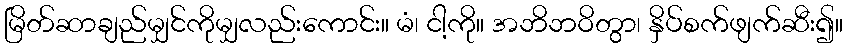
မြိတ်ဆာချည်မျှင်ကိုမျှလည်းကောင်း။ မံ၊ ငါ့ကို။ အဘိဘဝိတွာ၊ နှိပ်စက်ဖျက်ဆီး၍။